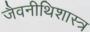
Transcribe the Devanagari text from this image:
जैवनीथिशास्त्र